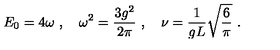
E _ { 0 } = 4 \omega \ , \quad \omega ^ { 2 } = \frac { 3 g ^ { 2 } } { 2 \pi } \ , \quad \nu = \frac { 1 } { g L } \sqrt { \frac { 6 } { \pi } } \ .